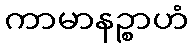
ကာမာနဉ္စာဟံ